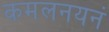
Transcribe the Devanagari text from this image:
कमलनयनं